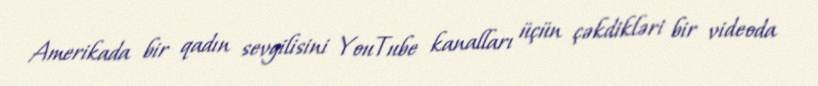
Amerikada bir qadın sevgilisini YouTube kanalları üçün çəkdikləri bir videoda